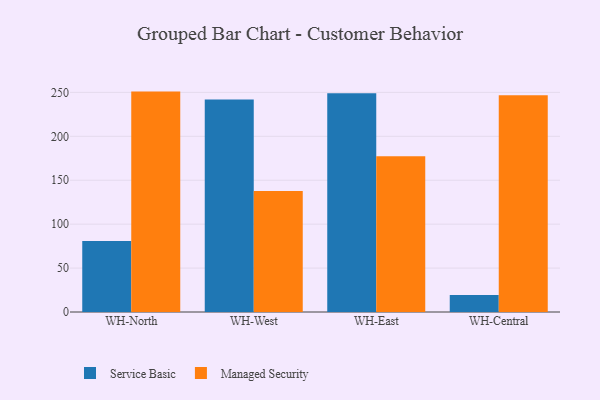
{"axis": {"x": "Warehouse", "y": "Gross Profit (USD K)"}, "legend": ["Managed Security", "Service Basic"], "data": [{"x": "WH-North", "y": 80.9, "type": "Service Basic"}, {"x": "WH-North", "y": 250.9, "type": "Managed Security"}, {"x": "WH-West", "y": 241.9, "type": "Service Basic"}, {"x": "WH-West", "y": 137.8, "type": "Managed Security"}, {"x": "WH-East", "y": 249.0, "type": "Service Basic"}, {"x": "WH-East", "y": 177.4, "type": "Managed Security"}, {"x": "WH-Central", "y": 19.4, "type": "Service Basic"}, {"x": "WH-Central", "y": 246.7, "type": "Managed Security"}]}